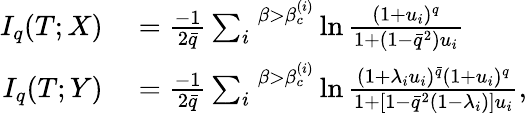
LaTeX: \begin{array}{rl}{I_{q}(T;X)}&{{}=\frac{-1}{2\bar{q}}\sum_{i}^{\; \; \beta>\beta_{c}^{(i)}}\ln\frac{(1+u_{i})^{q}}{1+(1-\bar{q}^{2})u_{i}}}\\ {I_{q}(T;Y)}&{{}=\frac{-1}{2\bar{q}}\sum_{i}^{\; \; \beta>\beta_{c}^{(i)}}\ln\frac{(1+\lambda_{i}u_{i})^{\bar{q}}(1+u_{i})^{q}}{1+[1-\bar{q}^{2}(1-\lambda_{i})]u_{i}},}\end{array}